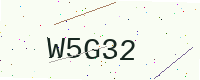
Text: W5G32